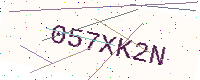
Text: 057XK2N